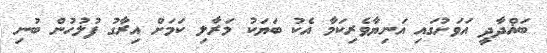
ބަޣްދާދީ އަވަށުގައި އަނިޔާވެރިކަމާ އެކު ބަަޔަކު މަރާލި ކަމަށް އިރާގު ފުލުހުން ބުނި